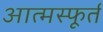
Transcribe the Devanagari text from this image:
आत्मस्फूर्त